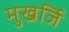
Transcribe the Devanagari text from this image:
मुखर्जि